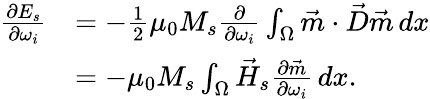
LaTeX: \begin{array}{rl}{\frac{\partial E_{s}}{\partial\omega_{i}}}&{=-\frac{1}{2}\mu_{0}M_{s}\frac{\partial}{\partial\omega_{i}}\int_{\Omega}\vec{m}\cdot\vec{D}\vec{m}\, dx}\\ &{=-\mu_{0}M_{s}\int_{\Omega}\vec{H}_{s}\frac{\partial\vec{m}}{\partial\omega_{i}}\, dx.}\end{array}